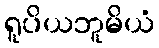
ရူပိယဘူမိယံ